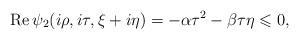
LaTeX: \begin{align*}\operatorname{Re}\psi_2(i\rho,i\tau,\xi+i\eta)=-\alpha\tau^2-\beta\tau\eta\leqslant 0,\end{align*}